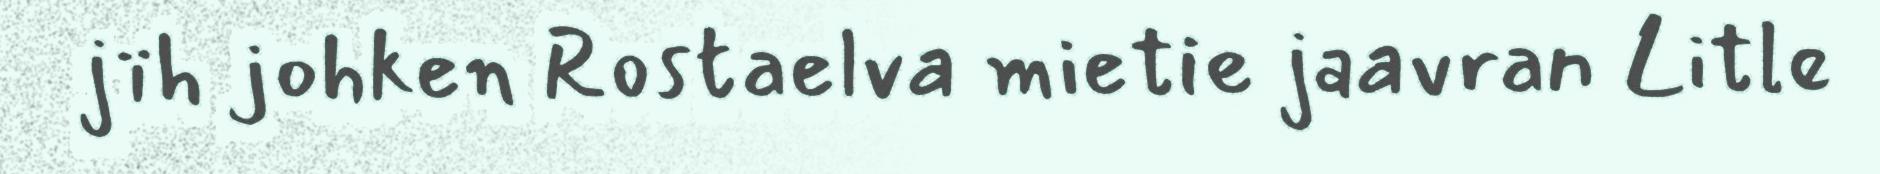
jïh johken Rostaelva mietie jaavran Litle